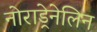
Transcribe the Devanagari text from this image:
नोराड्रेनेलिन